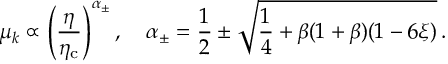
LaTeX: \mu _ { k } \propto \left( \frac { \eta } { \eta _ { \mathrm { c } } } \right) ^ { \alpha { _ { \pm } } } , \quad \alpha _ { \pm } = \frac { 1 } { 2 } \pm \sqrt { \frac { 1 } { 4 } + \beta ( 1 + \beta ) ( 1 - 6 \xi ) } \, .